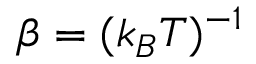
\beta = ( k _ { B } T ) ^ { - 1 }